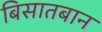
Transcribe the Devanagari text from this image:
बिसातबान